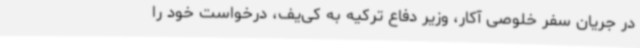
در جریان سفر خلوصی آکار، وزیر دفاع ترکیه به کی‌یف، درخواست خود را